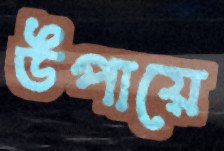
উপায়ে